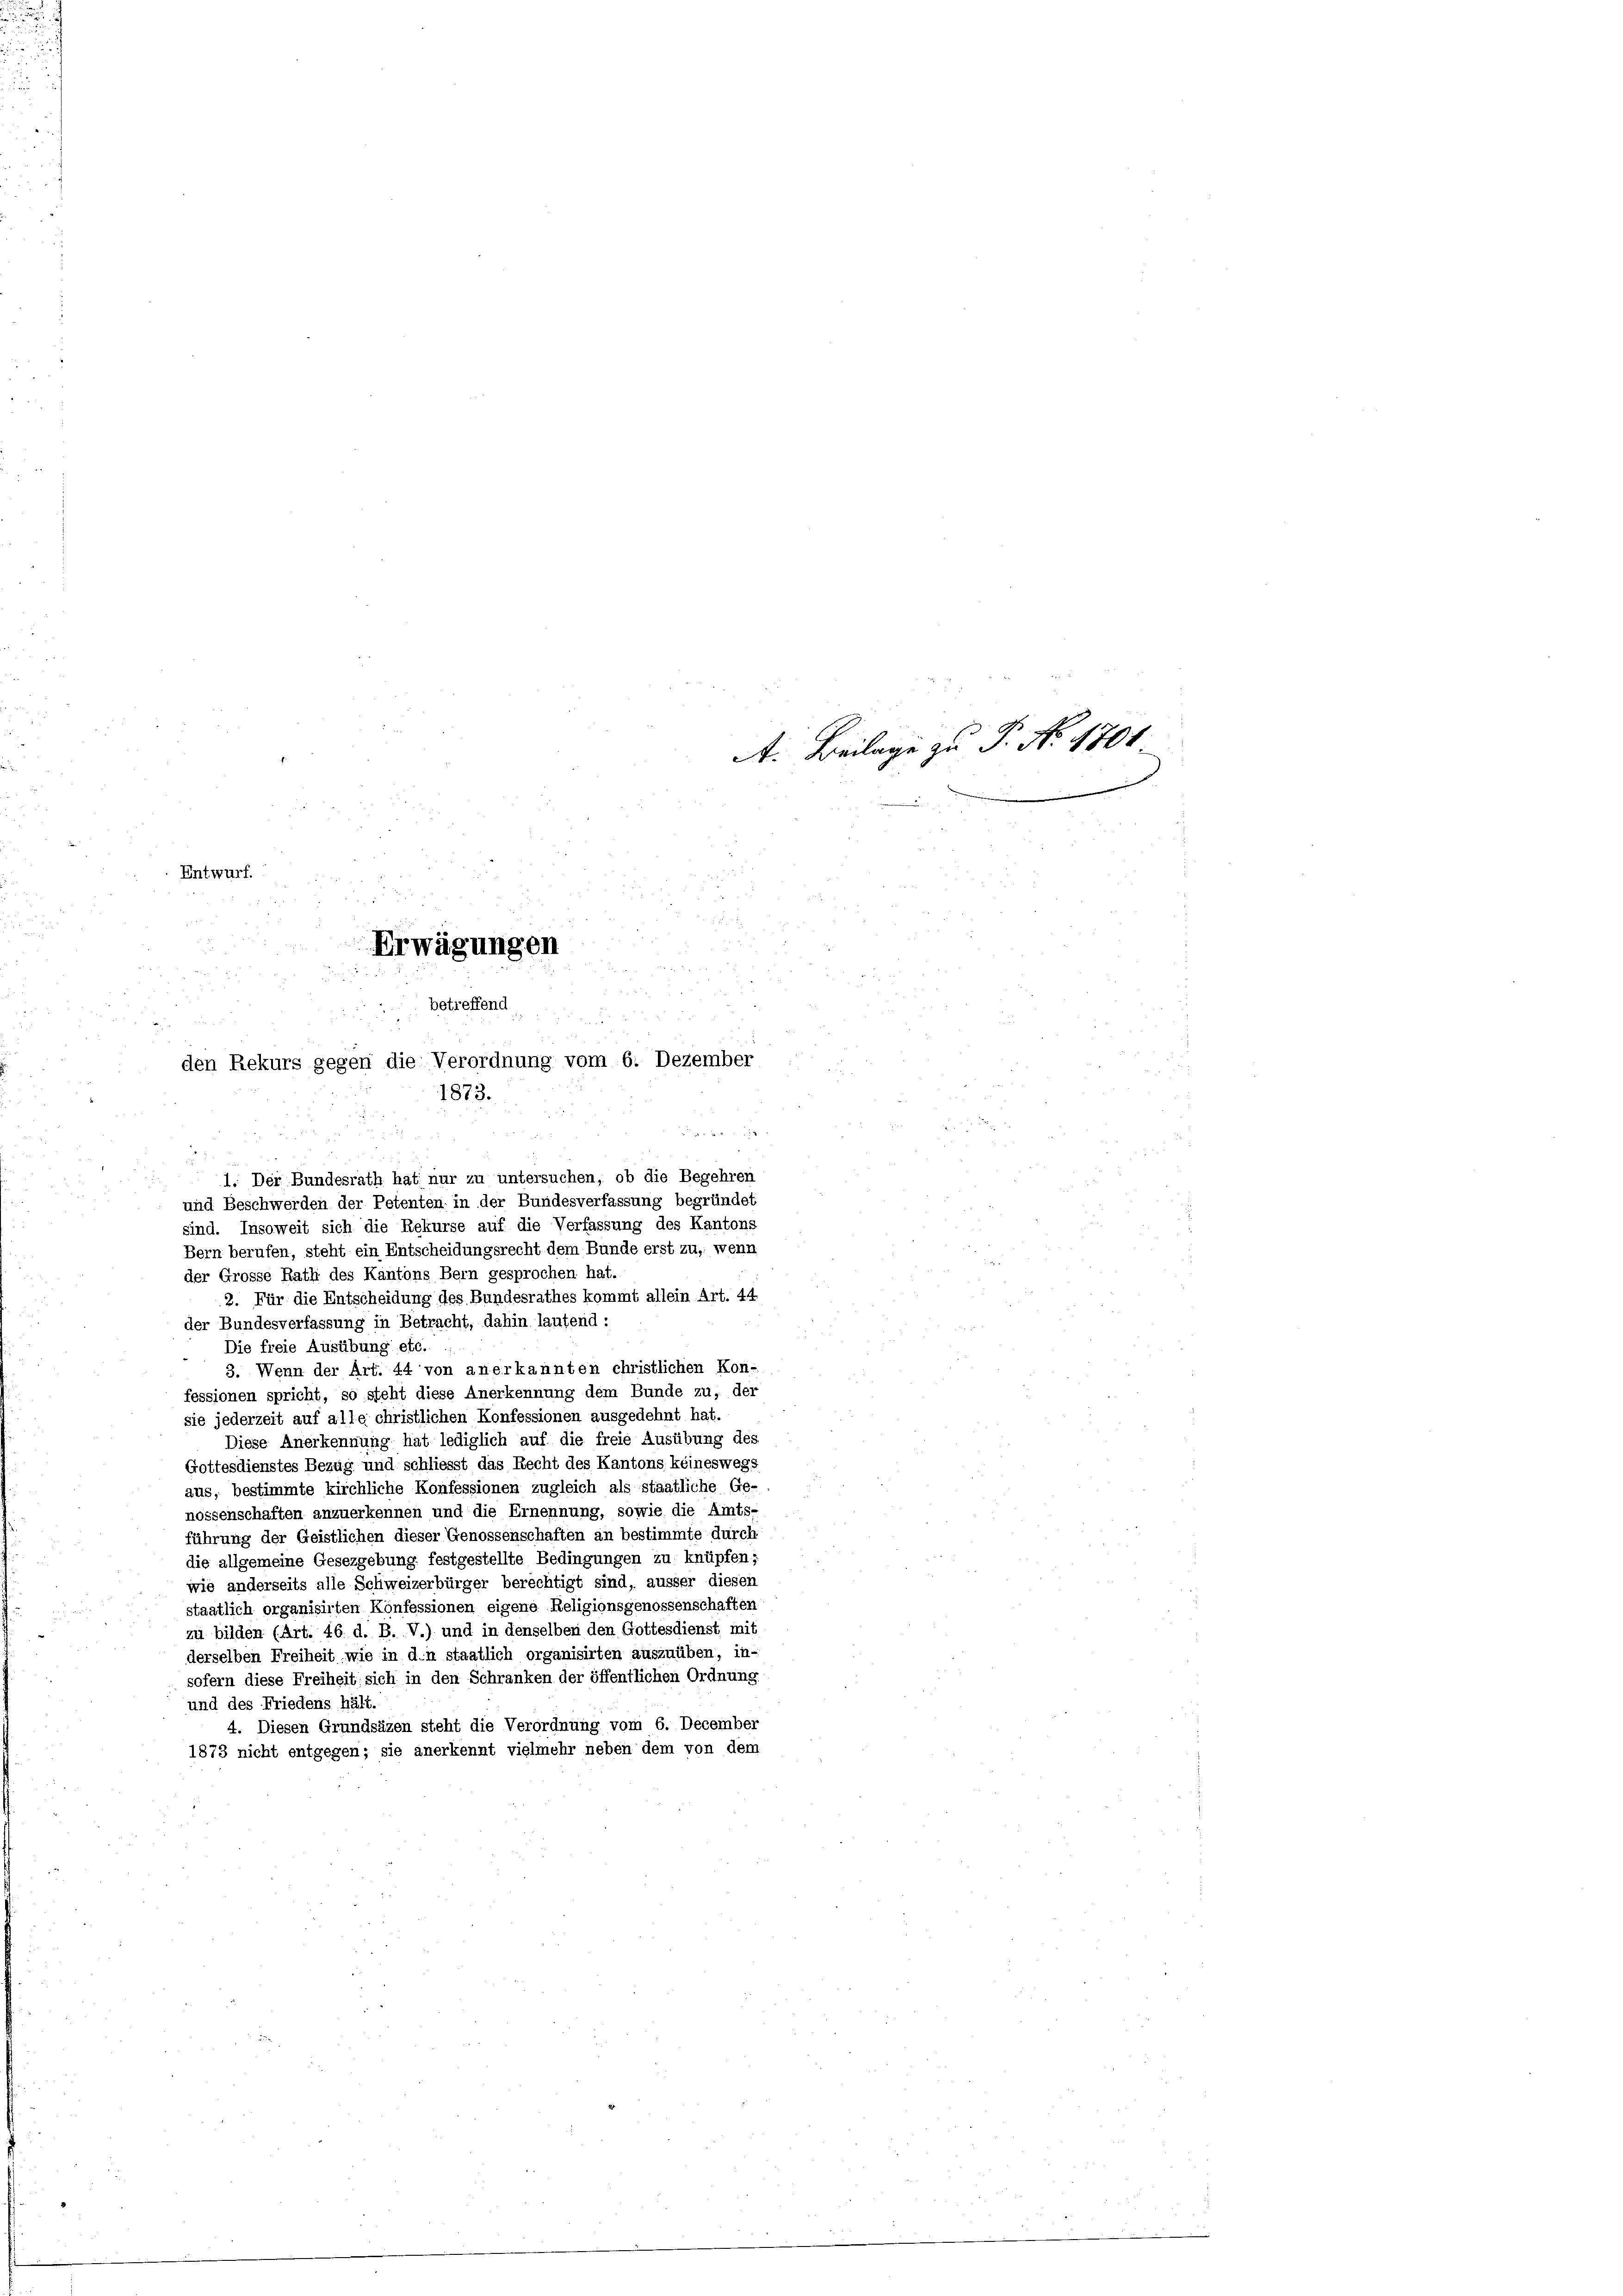
Entwurf.

betreffend
den Rekurs gegen die Verordnung vom 6. Dezember
1873.

Erwägungen

1. Der Bundesrath hat nur zu untersuchen, ob die Begehren
8
und Beschwerden der Petenten in der Bundesverfassung begründet
sind. Insoweit sich die Rekurse auf die Verfassung des Kantons
Bern berufen, steht ein Entscheidungsrecht dem Bunde erst zu, wenn
der Grosse Rath des Kantons Bern gesprochen hat.
2. Für die Entscheidung des Bundesrathes kommt allein Art. 44
der Bundesverfassung in Betracht, dahin lautend :
 Die freie Ausübung etc.
3. Wenn der Art. 44 von anerkannten christlichen Kon-
fessionen spricht, so steht diese Anerkennung dem Bunde zu, der
sie jederzeit auf alle christlichen Konfessionen ausgedehnt hat.
Diese Anerkennung hat lediglich auf die freie Ausübung des
Gottesdienstes Bezug und schliesst das Recht des Kantons keineswegs
aus, bestimmte kirchliche Konfessionen zugleich als staatliche Ge-
nossenschaften anzuerkennen und die Ernennung, sowie die Amts-
führung der Geistlichen dieser Genossenschaften an bestimmte durch
die allgemeine Gesezgebung festgestellte Bedingungen zu knüpfen;
wie anderseits alle Schweizerbürger berechtigt sind, äusser diesen
staatlich organisirten Konfessionen eigene Religionsgenossenschaften
zu bilden (Art. 46 d. B. V.) und in denselben den Gottesdienst mit
derselben Freiheit, wie in d.n staatlich organisirten auszuüben, in-
sofern diese Freiheit sich in den Schranken der öffentlichen Ordnung,
und des Friedens hält.
4. Diesen Grundsäzen steht die Verordnung vom 6. December
1873 nicht entgegen; sie anerkennt vielmehr neben dem von dem

A. Beilage zu P. No. 1701.